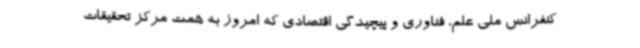
کنفرانس ملی علم، فناوری و پیچیدگی اقتصادی که امروز به همت مرکز تحقیقات